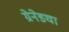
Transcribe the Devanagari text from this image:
ग्रेनेडचा